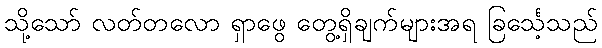
သို့သော် လတ်တလော ရှာဖွေ တွေ့ရှိချက်များအရ ခြင်္သေ့သည်